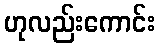
ဟုလည်းကောင်း